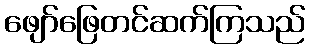
ဖျော်ဖြေတင်ဆက်ကြသည်